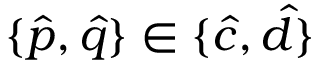
\{ \hat { p } , \hat { q } \} \in \{ \hat { c } , \hat { d } \}